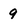
Character: 9